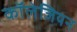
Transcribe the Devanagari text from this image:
कॉलेजियन